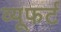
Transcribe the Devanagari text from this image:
व्यूफर्ट